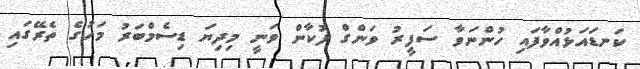
ކަނޑައަޅުއްވާފައި ހުންނަވާ ސަފީރު ވަންގް ފުކާން ވަނީ މިދިޔަ ޑިސެމްބަރު މަހުގެ ތެރޭގައި